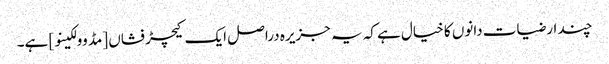
چند ارضیات دانوں کا خیال ہے کہ یہ جزیرہ دراصل ایک کیچڑ فشاں [مڈ وولکینو] ہے۔